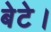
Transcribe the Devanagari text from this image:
बेटे।